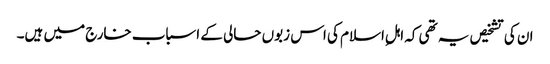
ان کی تشخیص یہ تھی کہ اہلِ اسلام کی اس زبوں حالی کے اسباب خارج میں ہیں۔